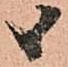
候